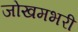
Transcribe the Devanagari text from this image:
जोखमभरी